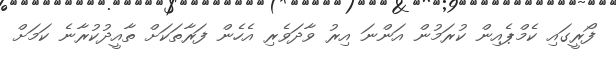
ފޯރީގައި ކެމްޕެއިން ކުރަމުން އަންނަ އިރު ވާދަވެރި އެހެން ފަރާތަކަށް ތާއީދުކުރާނެ ކަމަށް